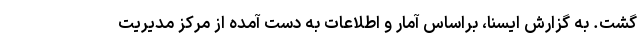
گشت. به گزارش ایسنا، براساس آمار و اطلاعات به دست آمده از مرکز مدیریت